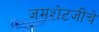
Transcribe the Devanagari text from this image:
जमशेटजींचे